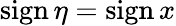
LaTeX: \textrm{sign}\, \eta=\textrm{sign}\, x